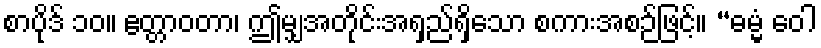
စာပိုဒ် ၁၀။ ဧတ္တာဝတာ၊ ဤမျှအတိုင်းအရှည်ရှိသော စကားအစဉ်ဖြင့်။ “ဓမ္မံ ဝေါ